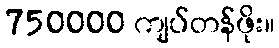
750000 ကျပ်တန်ဖိုး။